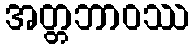
အတ္တဘာဝဿ